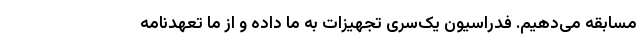
مسابقه می‌دهیم. فدراسیون یک‌سری تجهیزات به ما داده و از ما تعهدنامه